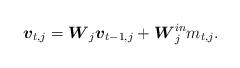
LaTeX: \begin{align*}\setlength{\abovedisplayskip}{4 pt}\setlength{\belowdisplayskip}{4 pt}{\boldsymbol{v}_{t,j}} ={\boldsymbol{W}_j{\boldsymbol{v}_{t - 1,j}} + \boldsymbol{W}_j^{in}{{m}_{t,j}}}.\end{align*}